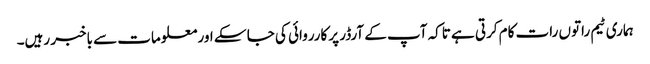
ہماری ٹیم راتوں رات کام کرتی ہے تاکہ آپ کے آرڈر پر کارروائی کی جا سکے اور معلومات سے باخبر رہیں۔